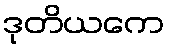
ဒုတိယကေ